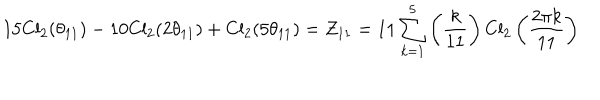
1 5 \mathrm { C l } _ { 2 } ( \theta _ { 1 1 } ) - 1 0 \mathrm { C l } _ { 2 } ( 2 \theta _ { 1 1 } ) + \mathrm { C l } _ { 2 } ( 5 \theta _ { 1 1 } ) = Z _ { 1 1 } = 1 1 \sum _ { k = 1 } ^ { 5 } \left( \frac { k } { 1 1 } \right) \mathrm { C l } _ { 2 } \left( \frac { 2 \pi k } { 1 1 } \right)